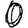
Digit: 0